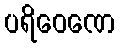
ပရိဝေဏေ